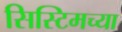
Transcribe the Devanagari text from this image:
सिस्टिमच्या